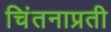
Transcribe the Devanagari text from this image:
चिंतनाप्रती